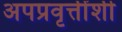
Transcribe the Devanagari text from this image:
अपप्रवृत्तींशी